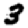
Digit: 3